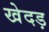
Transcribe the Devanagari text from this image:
खेदड़